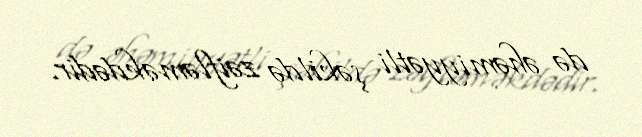
də əhəmiyyətli şəkildə zəifləməkdədir.